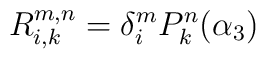
R_{i,k}^{m,n}=\delta_i^mP_k^n(\alpha_3)